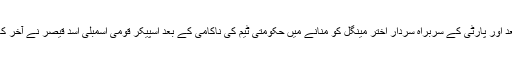
بلوچستان نیشنل پارٹی کی جانب سے حکومتی اتحاد سے علیحدہ ہونے کے تقریباً ہفتے بعد اور پارٹی کے سربراہ سردار اختر مینگل کو منانے میں حکومتی ٹیم کی ناکامی کے بعد اسپیکر قومی اسمبلی اسد قیصر نے آخر کار بلوچستان کے مسائل کے لیے تشکیل کردہ خصوصی غیر فعال کمیٹی کو فعال کر دیا۔